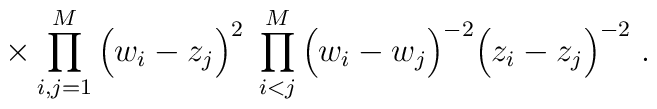
\times \prod_{i,j=1}^M \Big(w_i -  z_j\Big)^2 \;\prod_{i<j}^M \Big(w_i -  w_j\Big)^{-2} \Big(z_i -  z_j\Big)^{-2} \; .